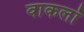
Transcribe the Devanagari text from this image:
वाकलॉ